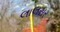
લાલસર